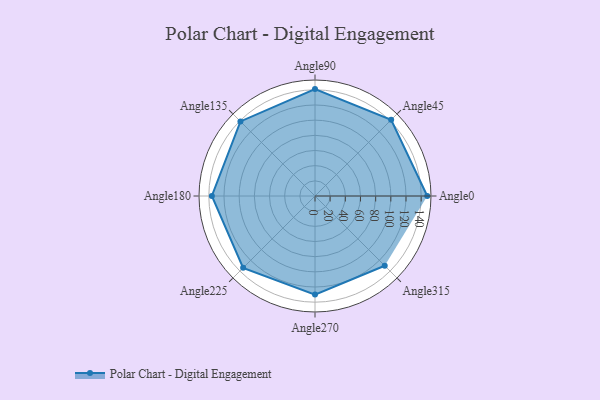
{"axis": {"x": "Angle", "y": "Radius"}, "legend": [""], "data": [{"x": "Angle0", "y": 148.0, "type": ""}, {"x": "Angle45", "y": 142.0, "type": ""}, {"x": "Angle90", "y": 141.0, "type": ""}, {"x": "Angle135", "y": 139.0, "type": ""}, {"x": "Angle180", "y": 136.0, "type": ""}, {"x": "Angle225", "y": 134.0, "type": ""}, {"x": "Angle270", "y": 130.0, "type": ""}, {"x": "Angle315", "y": 130.0, "type": ""}]}